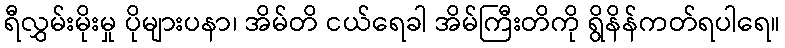
ရီလွှမ်းမိုးမှု ပိုများပနာ၊ အိမ်တိ ငယ်ရေခါ အိမ်ကြီးတိကို ရွိနိန်ကတ်ရပါရေ။